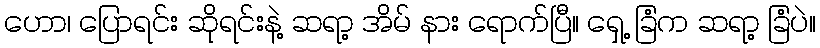
ဟော၊ ပြောရင်း ဆိုရင်းနဲ့ ဆရာ့ အိမ် နား ရောက်ပြီ။ ရှေ့ ခြံက ဆရာ့ ခြံပဲ။